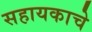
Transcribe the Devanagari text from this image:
सहायकाचे